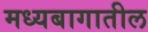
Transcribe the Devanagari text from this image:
मध्यबागातील